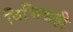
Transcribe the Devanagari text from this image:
विभिन्नही